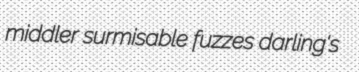
middler surmisable fuzzes darling's